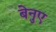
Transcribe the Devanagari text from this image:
बेनुए